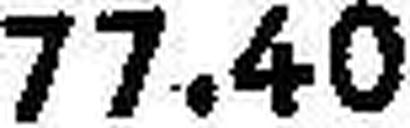
77.40